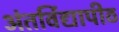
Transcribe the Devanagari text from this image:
अंतर्विद्यापीठ